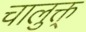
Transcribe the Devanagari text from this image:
चालुक्त्